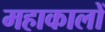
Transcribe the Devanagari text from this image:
महाकालों